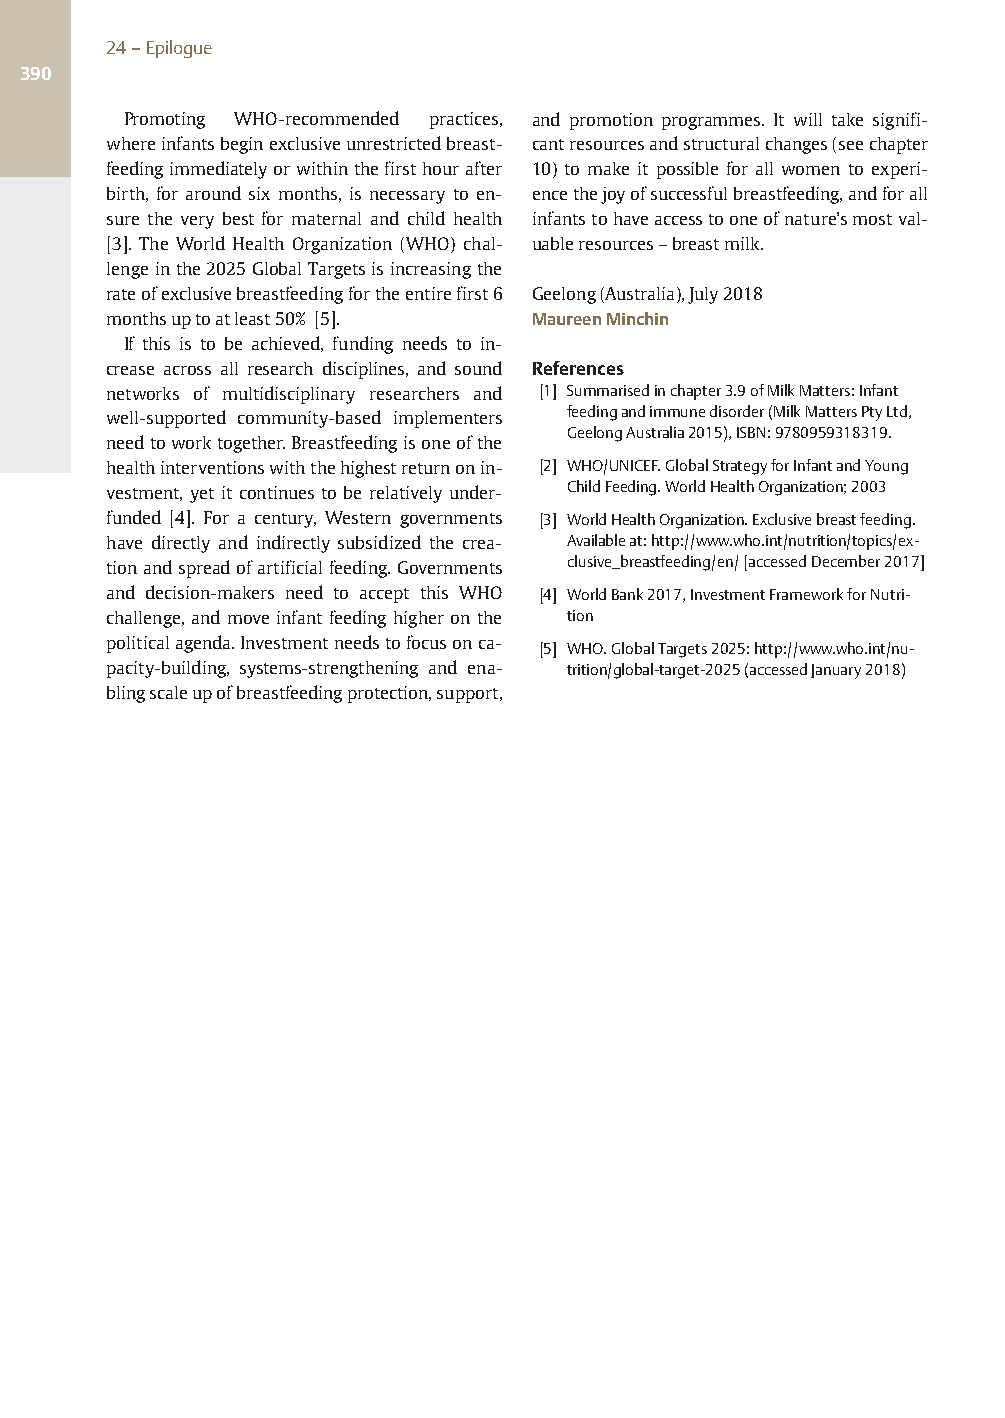
24–Epilogue
 390
 Promoting WHO-recommended practices, and promotion programmes. It will take signifi-
 whereinfantsbeginexclusiveunrestrictedbreast- cantresourcesandstructuralchanges(seechapter
 feedingimmediatelyorwithinthefirsthourafter 10) to make it possible for all women to experi-
 birth, for around six months, is necessary to en- encethejoyofsuccessfulbreastfeeding,andforall
 sure the very best for maternal and child health infantstohaveaccesstooneofnature’smostval-
 [3]. The World Health Organization (WHO) chal- uableresources–breastmilk.
 lengeinthe2025GlobalTargetsisincreasingthe
 rateofexclusivebreastfeedingfortheentirefirst6 Geelong(Australia),July2018
 monthsuptoatleast50% [5].    MaureenMinchin
 If this is to be achieved, funding needs to in-
 crease across all research disciplines, and sound References
 networks of multidisciplinary researchers and [1] Summarisedinchapter3.9ofMilkMatters:Infant
 well-supported community-based implementers feedingandimmunedisorder(MilkMattersPtyLtd,
 GeelongAustralia2015),ISBN:9780959318319.
 needtoworktogether.Breastfeedingisoneofthe
 healthinterventionswiththehighestreturnonin- [2] WHO/UNICEF.GlobalStrategyforInfantandYoung
 vestment, yet it continues to be relatively under- ChildFeeding.WorldHealthOrganization;2003
 funded [4]. For a century, Western governments [3] WorldHealthOrganization.Exclusivebreastfeeding.
 have directly and indirectly subsidized the crea- Availableat:http://www.who.int/nutrition/topics/ex-
 tionandspreadofartificialfeeding.Governments clusive_breastfeeding/en/[accessedDecember2017]
 and decision-makers need to accept this WHO [4] WorldBank2017,InvestmentFrameworkforNutri-
 challenge,and move infant feeding higher on the tion
 politicalagenda.Investmentneedstofocusonca-
 [5] WHO.GlobalTargets2025:http://www.who.int/nu-
 pacity-building, systems-strengthening and ena- trition/global-target-2025(accessedJanuary2018)
 blingscaleupofbreastfeedingprotection,support,